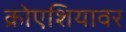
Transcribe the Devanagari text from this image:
क्रोएशियावर